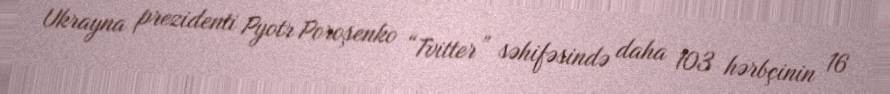
Ukrayna prezidenti Pyotr Poroşenko “Tvitter” səhifəsində daha 103 hərbçinin 16